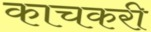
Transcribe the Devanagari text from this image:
काचकरी